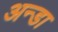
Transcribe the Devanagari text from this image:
अन्डा